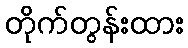
တိုက်တွန်းထား